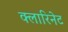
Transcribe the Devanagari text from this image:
क्लारिनेट